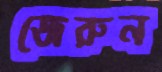
জেরুন